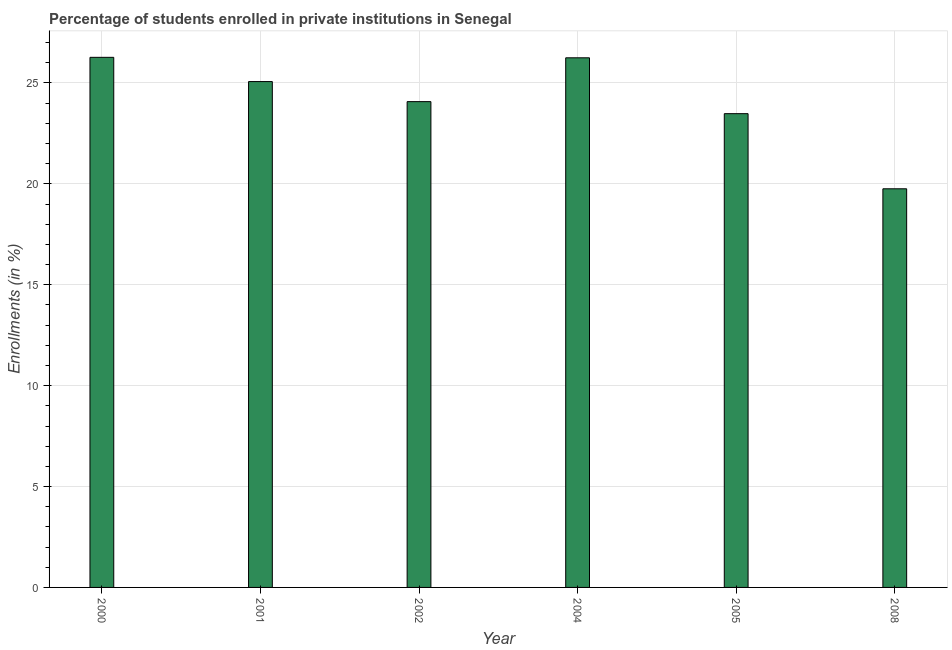
| Year | Enrollments |
 | --- | --- |
 | 2000 | 26.3 |
 | 2001 | 25.1 |
 | 2002 | 24.1 |
 | 2004 | 26.2 |
 | 2005 | 23.5 |
 | 2008 | 19.8 |